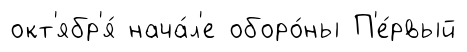
окт'ябр'я́ нача́л'е оборо́ны П'е́рвый